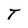
Character: T